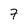
Character: 7